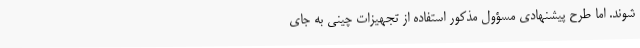
شوند. اما طرح پیشنهادی مسؤول مذکور استفاده از تجهیزات چینی به جای